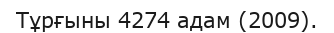
Тұрғыны 4274 адам (2009).